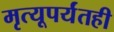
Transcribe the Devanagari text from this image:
मृत्यूपर्यंतही